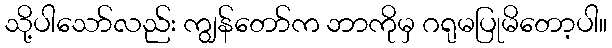
သို့ပါသော်လည်း ကျွန်တော်က ဘာကိုမှ ဂရုမပြုမိတော့ပါ။